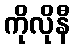
ကိုလိုနီ